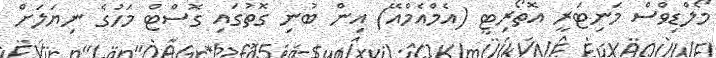
މޯލްޑިވްސް މަނިޓަރީ އޮތޯރިޓީ (އެމްއެމްއޭ) އިން ބުނި ގޮތުގައި ގޮސްޓް މަހުގެ ނިޔަލަށް